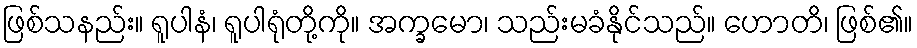
ဖြစ်သနည်း။ ရူပါနံ၊ ရူပါရုံတို့ကို။ အက္ခမော၊ သည်းမခံနိုင်သည်။ ဟောတိ၊ ဖြစ်၏။